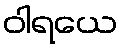
ဝါရယေ